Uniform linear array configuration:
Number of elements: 8
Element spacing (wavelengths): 1
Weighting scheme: kaiser
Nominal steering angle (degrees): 0
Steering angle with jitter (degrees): -1.621
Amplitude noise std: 0.05
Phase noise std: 0.05

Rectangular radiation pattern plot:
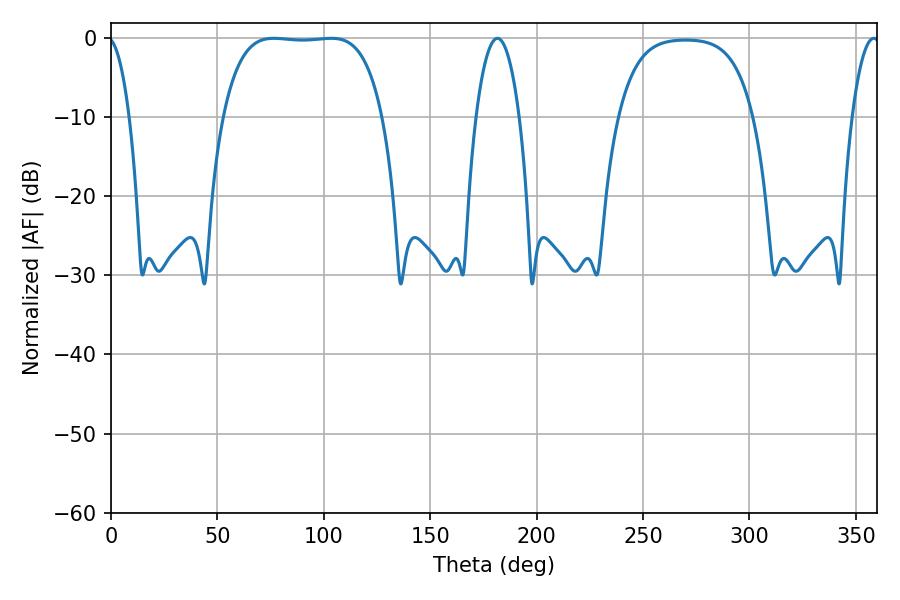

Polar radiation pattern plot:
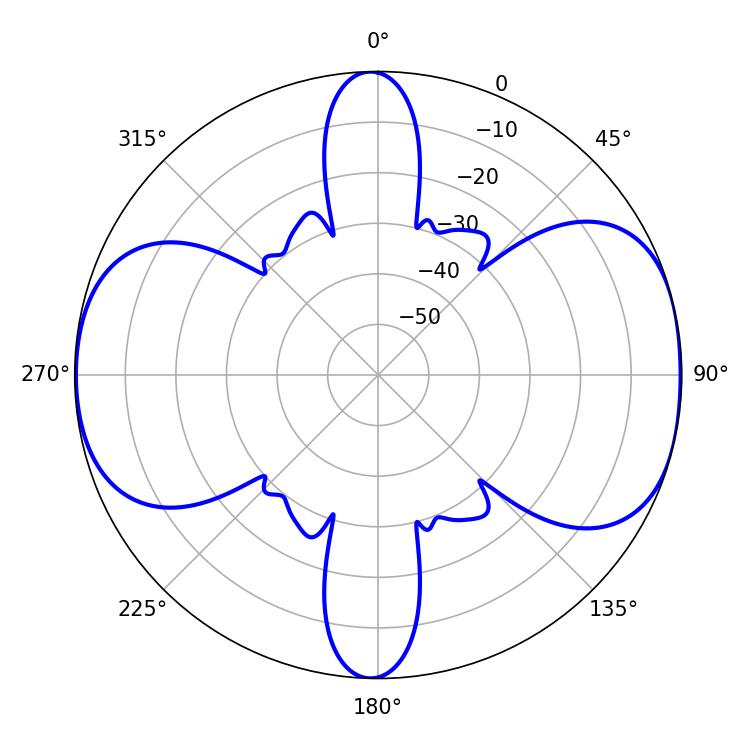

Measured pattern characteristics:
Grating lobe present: TRUE
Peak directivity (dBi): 9.203
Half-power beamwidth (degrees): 58.32
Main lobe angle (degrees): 76.5